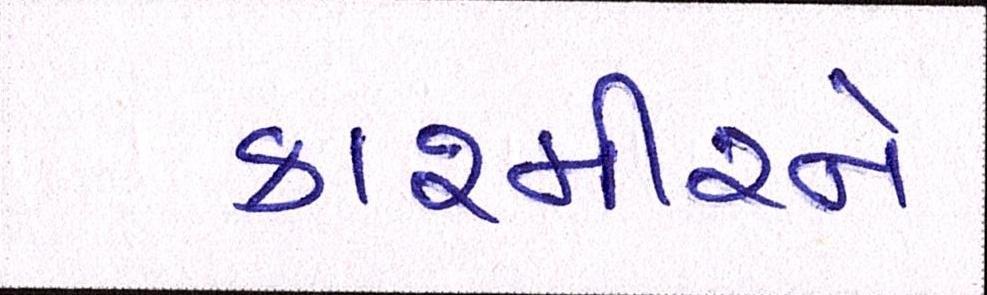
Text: કાશ્મીરને